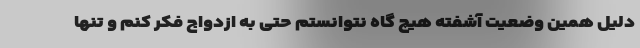
دلیل همین وضعیت آشفته هیچ گاه نتوانستم حتی به ازدواج فکر کنم و تنها